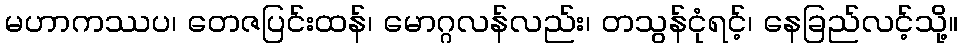
မဟာကဿပ၊ တေဇပြင်းထန်၊ မောဂ္ဂလန်လည်း၊ တသွန်ငုံရင့်၊ နေခြည်လင့်သို့။